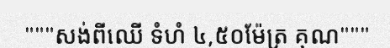
"""សង់ពីឈើ ទំហំ ៤,៥០ម៉ែត្រ គុណ"""